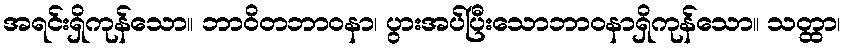
အရင်းရှိကုန်သော။ ဘာဝိတဘာဝနာ၊ ပွားအပ်ပြီးသောဘာဝနာရှိကုန်သော။ သတ္ထာ၊